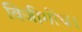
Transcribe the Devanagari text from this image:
विजीगोथ।